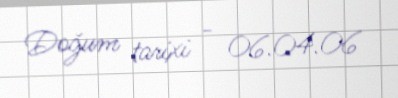
Doğum tarixi - 06.04.06